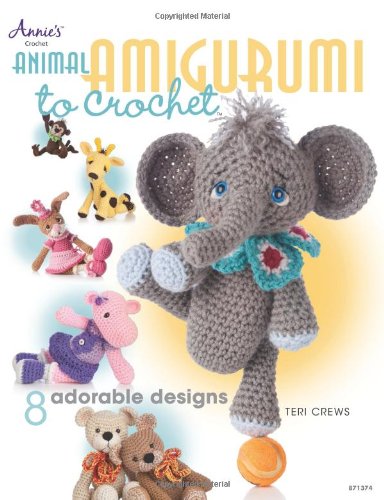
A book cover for Animal Amigurumi to Crochet (Annie's Crochet); Teri Crews; Crafts, Hobbies & Home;